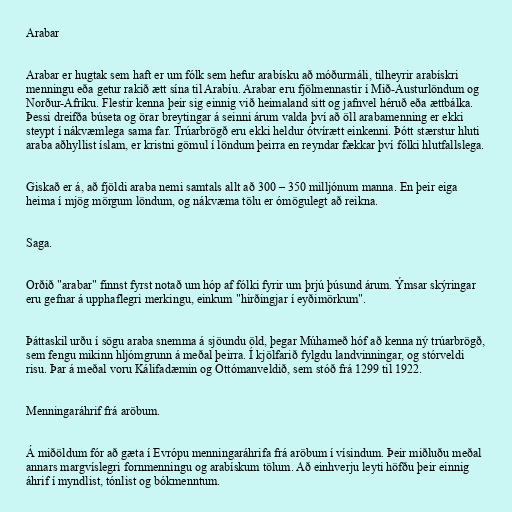
Arabar

Arabar er hugtak sem haft er um fólk sem hefur arabísku að móðurmáli, tilheyrir arabískri
menningu eða getur rakið ætt sína til Arabíu. Arabar eru fjölmennastir í Mið-Austurlöndum og
Norður-Afríku. Flestir kenna þeir sig einnig við heimaland sitt og jafnvel héruð eða ættbálka.
Þessi dreifða búseta og örar breytingar á seinni árum valda því að öll arabamenning er ekki
steypt í nákvæmlega sama far. Trúarbrögð eru ekki heldur ótvírætt einkenni. Þótt stærstur hluti
araba aðhyllist íslam, er kristni gömul í löndum þeirra en reyndar fækkar því fólki hlutfallslega.

Giskað er á, að fjöldi araba nemi samtals allt að 300 – 350 milljónum manna. En þeir eiga
heima í mjög mörgum löndum, og nákvæma tölu er ómögulegt að reikna.

Saga.

Orðið "arabar" finnst fyrst notað um hóp af fólki fyrir um þrjú þúsund árum. Ýmsar skýringar
eru gefnar á upphaflegri merkingu, einkum "hirðingjar í eyðimörkum".

Þáttaskil urðu í sögu araba snemma á sjöundu öld, þegar Múhameð hóf að kenna ný trúarbrögð,
sem fengu mikinn hljómgrunn á meðal þeirra. Í kjölfarið fylgdu landvinningar, og stórveldi
risu. Þar á meðal voru Kálifadæmin og Ottómanveldið, sem stóð frá 1299 til 1922.

Menningaráhrif frá aröbum.

Á miðöldum fór að gæta í Evrópu menningaráhrifa frá aröbum í vísindum. Þeir miðluðu meðal
annars margvíslegri fornmenningu og arabískum tölum. Að einhverju leyti höfðu þeir einnig
áhrif í myndlist, tónlist og bókmenntum.